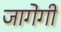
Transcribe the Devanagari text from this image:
जागेगी